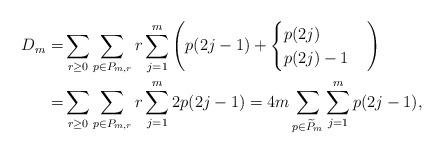
LaTeX: \begin{align*}D_m=&\sum_{r\geq 0} \sum_{p\in P_{m,r}} r \sum_{j=1}^{m} \left( p(2j-1)+\begin{cases} p(2j) & \\ p(2j)-1 & \end{cases} \right) \\=&\sum_{r\geq 0} \sum_{p\in P_{m,r}} r \sum_{j=1}^{m} 2p(2j-1) = 4m \sum_{p\in \widetilde{P}_m} \sum_{j=1}^m p(2j-1), \end{align*}